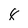
Character: 8